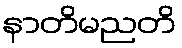
နာတိမညတိ